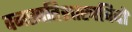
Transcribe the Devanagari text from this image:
वनस्पतिशास्त्रविदों